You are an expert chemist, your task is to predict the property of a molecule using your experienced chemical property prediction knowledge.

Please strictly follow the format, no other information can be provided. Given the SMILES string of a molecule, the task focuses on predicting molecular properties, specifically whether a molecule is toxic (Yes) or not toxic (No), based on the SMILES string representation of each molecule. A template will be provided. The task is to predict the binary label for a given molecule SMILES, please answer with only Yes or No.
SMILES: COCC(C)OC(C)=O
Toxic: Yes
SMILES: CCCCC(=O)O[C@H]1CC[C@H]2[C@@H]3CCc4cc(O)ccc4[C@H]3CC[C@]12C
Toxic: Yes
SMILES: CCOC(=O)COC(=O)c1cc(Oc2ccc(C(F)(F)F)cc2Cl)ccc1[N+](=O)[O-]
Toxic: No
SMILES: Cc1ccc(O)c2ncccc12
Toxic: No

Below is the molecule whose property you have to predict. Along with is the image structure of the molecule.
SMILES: Cc1ccc(C(=O)C(=O)[O-])cc1C
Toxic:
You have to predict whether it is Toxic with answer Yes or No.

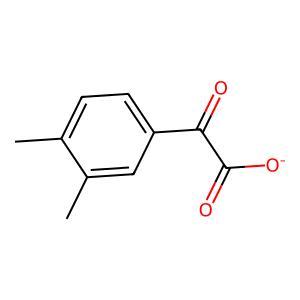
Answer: No